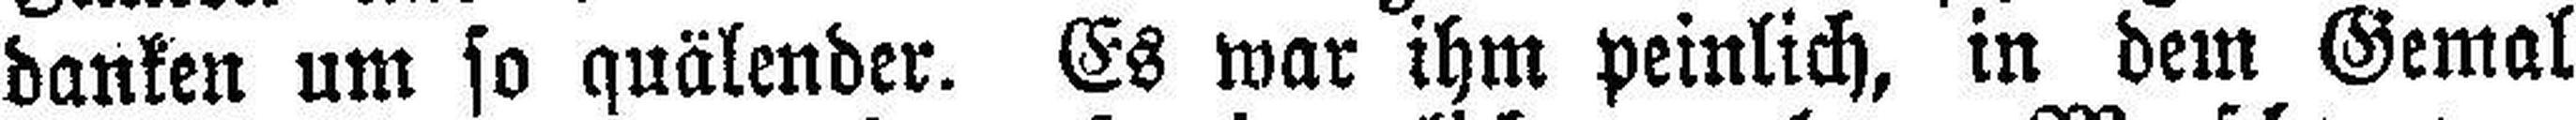
danken um so quälender. Es war ihm peinlich, in dem Gemal